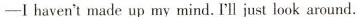
—I haven't made up my mind.'ll just look around.